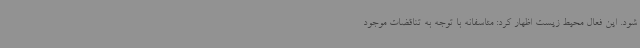
شود. این فعال محیط زیست اظهار کرد: متاسفانه با توجه به تناقضات موجود